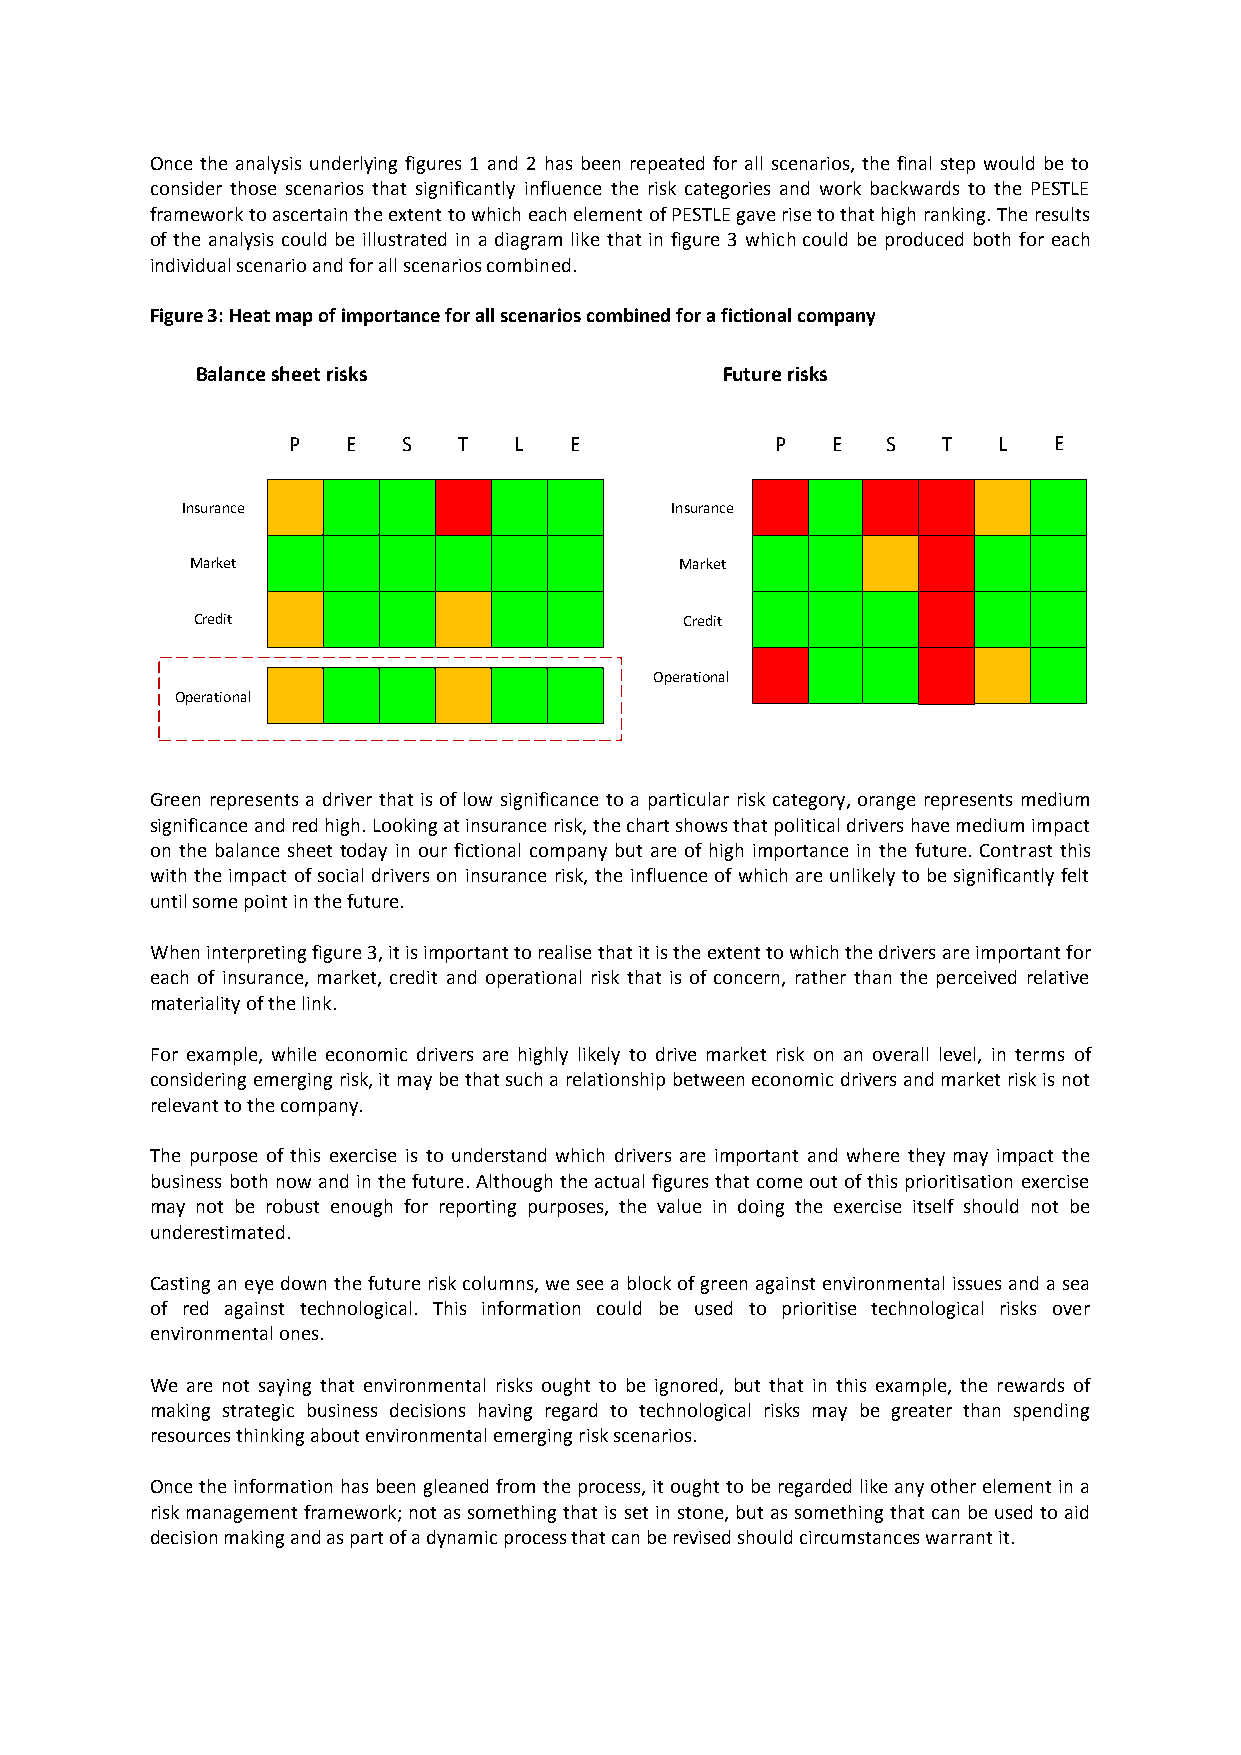
Once the analysis underlying figures 1 and 2 has been repeated for all scenarios, the final step would be to
 consider those scenarios that significantly influence the risk categories and work backwards to the PESTLE
 framework to ascertain the extent to which each element of PESTLE gave rise to that high ranking. The results
 of the analysis could be illustrated in a diagram like that in figure 3 which could be produced both for each
 individual scenario and for all scenarios combined.
 Figure 3: Heat map of importance for all scenarios combined for a fictional company
 Balance sheet risks                Future risks
 P   E   S  T   L   E            P   E   S  T   L   E
 Insurance                       Insurance
 Market                          Market
 Credit                          Credit
 Operational
 Operational
 Green represents a driver that is of low significance to a particular risk category, orange represents medium
 significance and red high. Looking at insurance risk, the chart shows that political drivers have medium impact
 on the balance sheet today in our fictional company but are of high importance in the future. Contrast this
 with the impact of social drivers on insurance risk, the influence of which are unlikely to be significantly felt
 until some point in the future.
 When interpreting figure 3, it is important to realise that it is the extent to which the drivers are important for
 each of insurance, market, credit and operational risk that is of concern, rather than the perceived relative
 materiality of the link.
 For example, while economic drivers are highly likely to drive market risk on an overall level, in terms of
 considering emerging risk, it may be that such a relationship between economic drivers and market risk is not
 relevant to the company.
 The purpose of this exercise is to understand which drivers are important and where they may impact the
 business both now and in the future. Although the actual figures that come out of this prioritisation exercise
 may not be robust enough for reporting purposes, the value in doing the exercise itself should not be
 underestimated.
 Casting an eye down the future risk columns, we see a block of green against environmental issues and a sea
 of red against technological. This information could be used to prioritise technological risks over
 environmental ones.
 We are not saying that environmental risks ought to be ignored, but that in this example, the rewards of
 making strategic business decisions having regard to technological risks may be greater than spending
 resources thinking about environmental emerging risk scenarios.
 Once the information has been gleaned from the process, it ought to be regarded like any other element in a
 risk management framework; not as something that is set in stone, but as something that can be used to aid
 decision making and as part of a dynamic process that can be revised should circumstances warrant it.